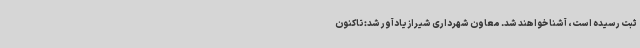
ثبت رسیده است،‌ آشنا خواهند شد. معاون شهرداری شیراز یادآور شد: تاکنون